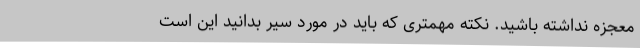
معجزه نداشته باشید. نکته مهمتری که باید در مورد سیر بدانید این است